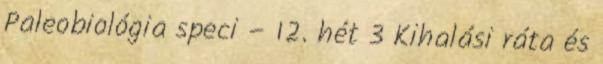
Paleobiológia speci – 12. hét 3 Kihalási ráta és